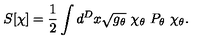
S [ \chi ] = { \frac { 1 } { 2 } } \int d ^ { D } x \sqrt { g _ { \theta } } \ \chi _ { \theta } \ P _ { \theta } \ \chi _ { \theta } .